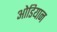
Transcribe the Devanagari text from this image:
ओडियान